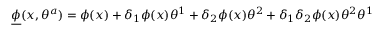
{ \underline { { \phi } } } ( x , \theta ^ { a } ) = \phi ( x ) + \delta _ { 1 } \phi ( x ) \theta ^ { 1 } + \delta _ { 2 } \phi ( x ) \theta ^ { 2 } + \delta _ { 1 } \delta _ { 2 } \phi ( x ) \theta ^ { 2 } \theta ^ { 1 }